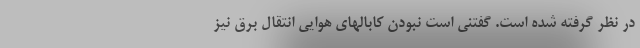
در نظر گرفته شده است. گفتنی است نبودن کابالهای هوایی انتقال برق نیز